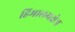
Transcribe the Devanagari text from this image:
हिमालयक्षेत्र